Document type: Inventory
Year: 1295
Scribe: Pere Marc
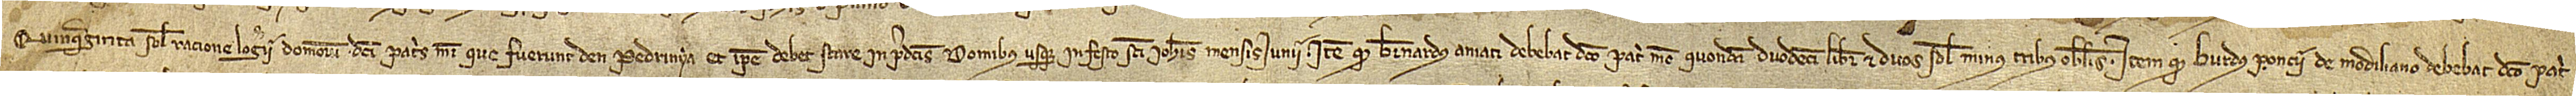
quinquaginta solidos racione logerii domorum dicti patris mei que fuerunt d’en Pedrinyà, et ipse debet stare in predictis domibus usque in festo Sancti Iohannis mensis iunii; item, quod Bernardus Amati debebat dicto patri meo, quondam, duodecim libras et duos solidos minus tribus obolis; item, quod Burdus Poncii de Modiliano debebat dicto patri